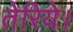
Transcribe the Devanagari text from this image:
तेरिये।